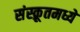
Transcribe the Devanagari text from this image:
संस्क्रूतमध्ये